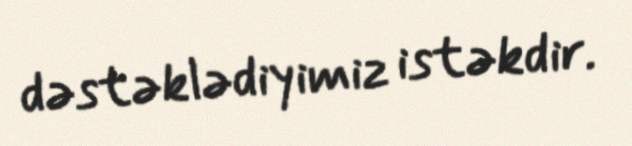
dəstəklədiyimiz istəkdir.